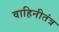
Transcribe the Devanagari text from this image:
वाहिनीतंत्र